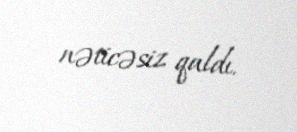
nəticəsiz qaldı.